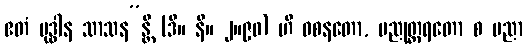
ဧတံ ဗုဒ္ဓါန သာသန”န္တိ (ဒီ။ နိ။ ၂။၉၀) ဟိ ဝစနတော, ပညုတ္တရတော စ ပညာ